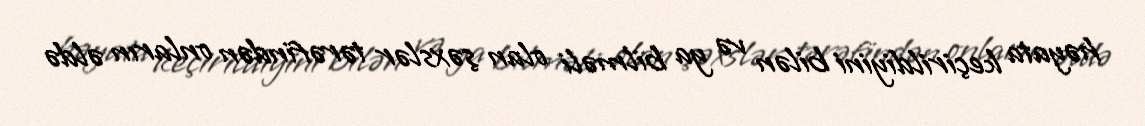
həyata keçirildiyini bilən və ya bilməli olan şəxslər tərəfindən onların əldə